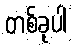
တစ်ခုပါ